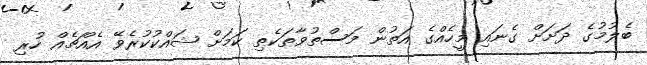
ބެލުމުގެ ދަށަށް ގެނައި މީހެއްގެ އަތުން މަސްތުވާތަކެތި ކަމަށް ޝައްކުކުރެވޭ އެއްޗެއް ހުރި